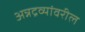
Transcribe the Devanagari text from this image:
अन्नद्रव्यांवरील